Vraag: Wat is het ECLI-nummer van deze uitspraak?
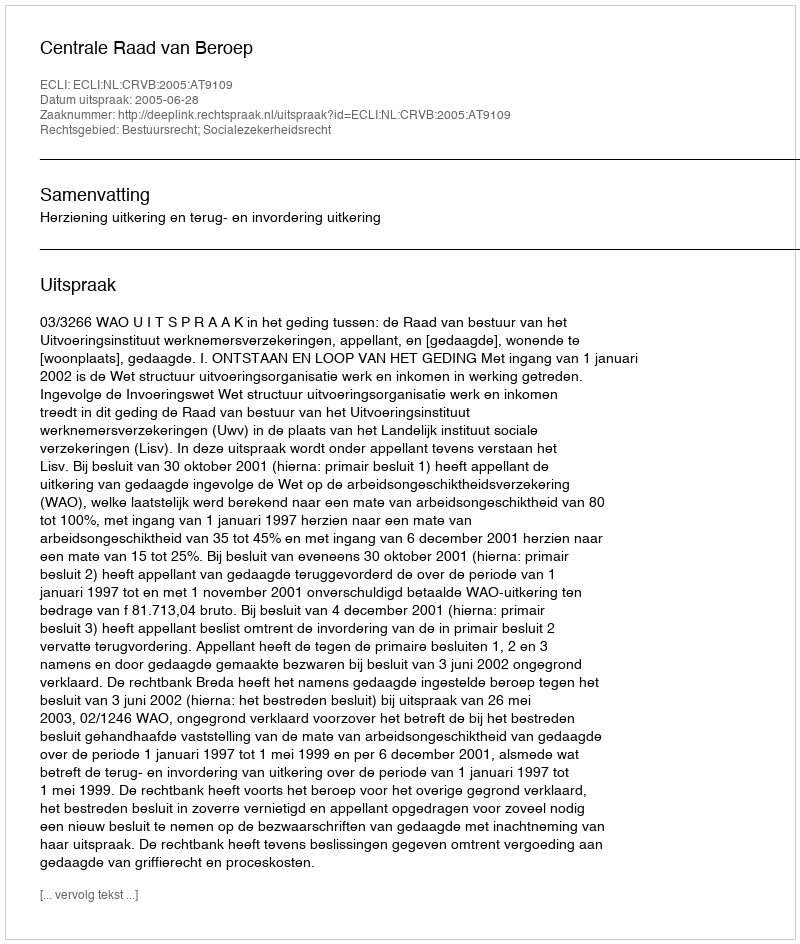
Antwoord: ECLI:NL:CRVB:2005:AT9109